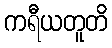
ကရီယတူတိ